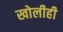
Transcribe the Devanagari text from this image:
खोलीही